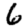
Digit: 6